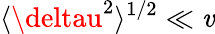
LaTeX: \langle\deltau^{2}\rangle^{1/2}\ll\mathit{v}